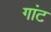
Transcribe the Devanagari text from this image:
गांट